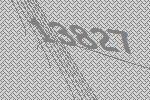
13827